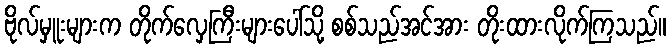
ဗိုလ်မှူးများက တိုက်လှေကြီးများပေါ်သို့ စစ်သည်အင်အား တိုးထားလိုက်ကြသည်။